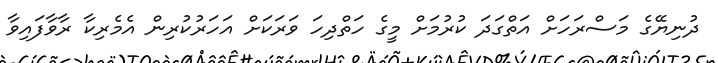
ދުނިޔޭގެ މަސްރަހަށް އަތްގަދަ ކުރުމަށް މީގެ ހަތްދިހަ ވަރަކަށް އަހަރުކުރިން އެމެރިކާ ރާވާފައިވާ